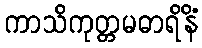
ကာသိကုတ္တမဓာရိနိံ